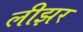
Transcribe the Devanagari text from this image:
लीझर